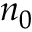
n _ { 0 }